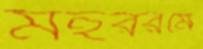
মহররমে